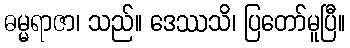
ဓမ္မရာဇာ၊ သည်။ ဒေဿသိ၊ ပြတော်မူပြီ။